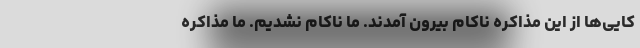
کایی‌ها از این مذاکره ناکام بیرون آمدند. ما ناکام نشدیم. ما مذاکره